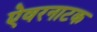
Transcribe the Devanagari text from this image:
ऐवरनाटक